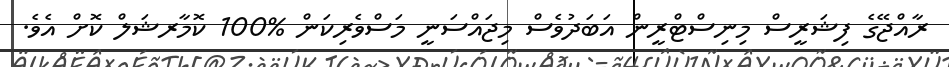
ރާއްޖޭގެ ފިޝަރީސް މިިނިސްޓްރީން އަބަދުވެސް މިޖައްސަނީ މަސްވެރިކަން %100 ކޮމާރޝަލް ކޮށް އެވެ.